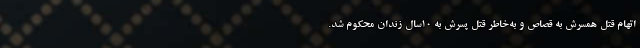
اتهام قتل همسرش به قصاص و به‌خاطر قتل پسرش به ۱۰سال زندان محکوم شد.